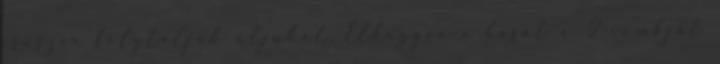
csúszva folytatják útjukat. Elhagyva a hasát a 2 combját